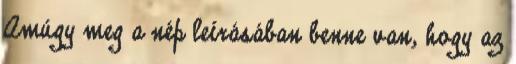
Amúgy meg a nép leírásában benne van, hogy az